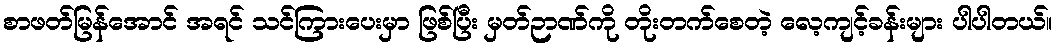
စာဖတ်မြန်အောင် အရင် သင်ကြားပေးမှာ ဖြစ်ပြီး မှတ်ဉာဏ်ကို တိုးတက်စေတဲ့ လေ့ကျင့်ခန်းများ ပါပါတယ်။